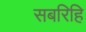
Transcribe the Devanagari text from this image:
सबरिहि